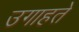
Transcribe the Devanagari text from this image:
उगाहते